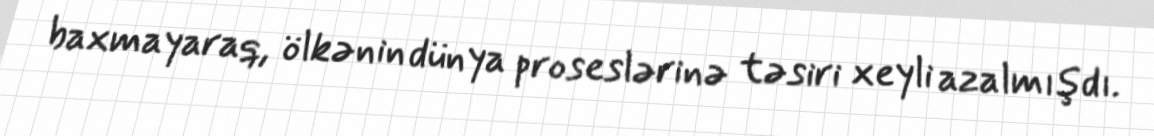
baxmayaraq, ölkənin dünya proseslərinə təsiri xeyli azalmışdı.